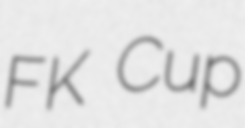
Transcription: FK Cup